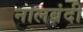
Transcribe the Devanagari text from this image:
नालबंदी